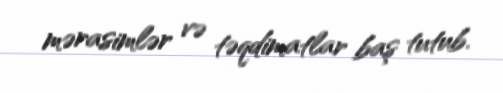
mərasimlər və təqdimatlar baş tutub.